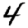
Digit: 4